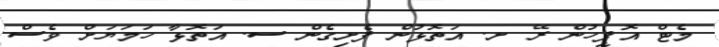
މެޓް އޮފީހުން ރޭ ށ. އަތޮޅުން ފެށިގެން ސ. އަތޮޅާ ހަމަޔަށް ވެސް